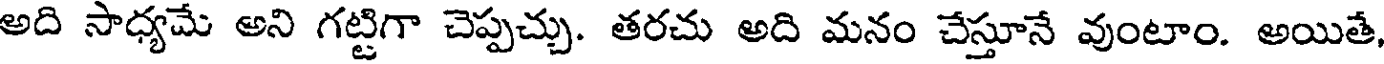
అది సాధ్యమే అని గట్టిగా చెప్పచ్చు. తరచు అది మనం చేస్తూనే వుంటాం. అయితే,